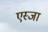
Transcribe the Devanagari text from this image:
एस्जा